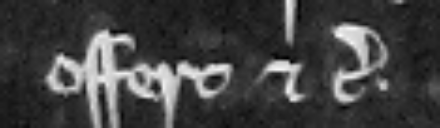
offert etc.